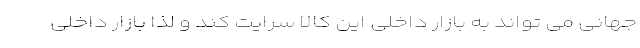
جهانی می تواند به بازار داخلی این کالا سرایت کند و لذا بازار داخلی